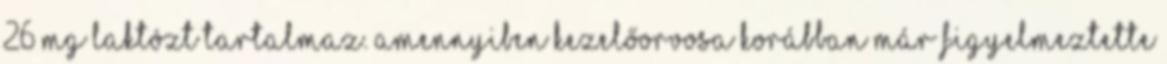
26 mg laktózt tartalmaz. Amennyiben kezelőorvosa korábban már figyelmeztette